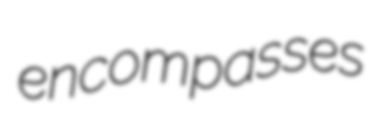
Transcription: encompasses